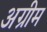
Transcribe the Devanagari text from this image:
अग्रीम